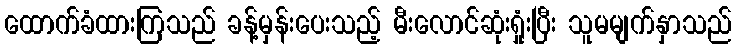
ထောက်ခံထားကြသည် ခန့်မှန်းပေးသည့် မီးလောင်ဆုံးရှုံးပြီး သူမမျက်နှာသည်